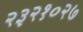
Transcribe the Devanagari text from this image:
२३२१०२७